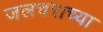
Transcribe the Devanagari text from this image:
जलचराच्या